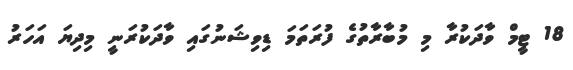
18 ޓީމް ވާދަކުރާ މި މުބާރާތުގެ ފުރަތަމަ ޑިިވިޝަނުގައި ވާދަކުރަނީ މިދިޔަ އަހަރު